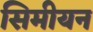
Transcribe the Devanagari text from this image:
सिमीयन